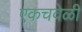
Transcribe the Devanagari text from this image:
एकचवेळी